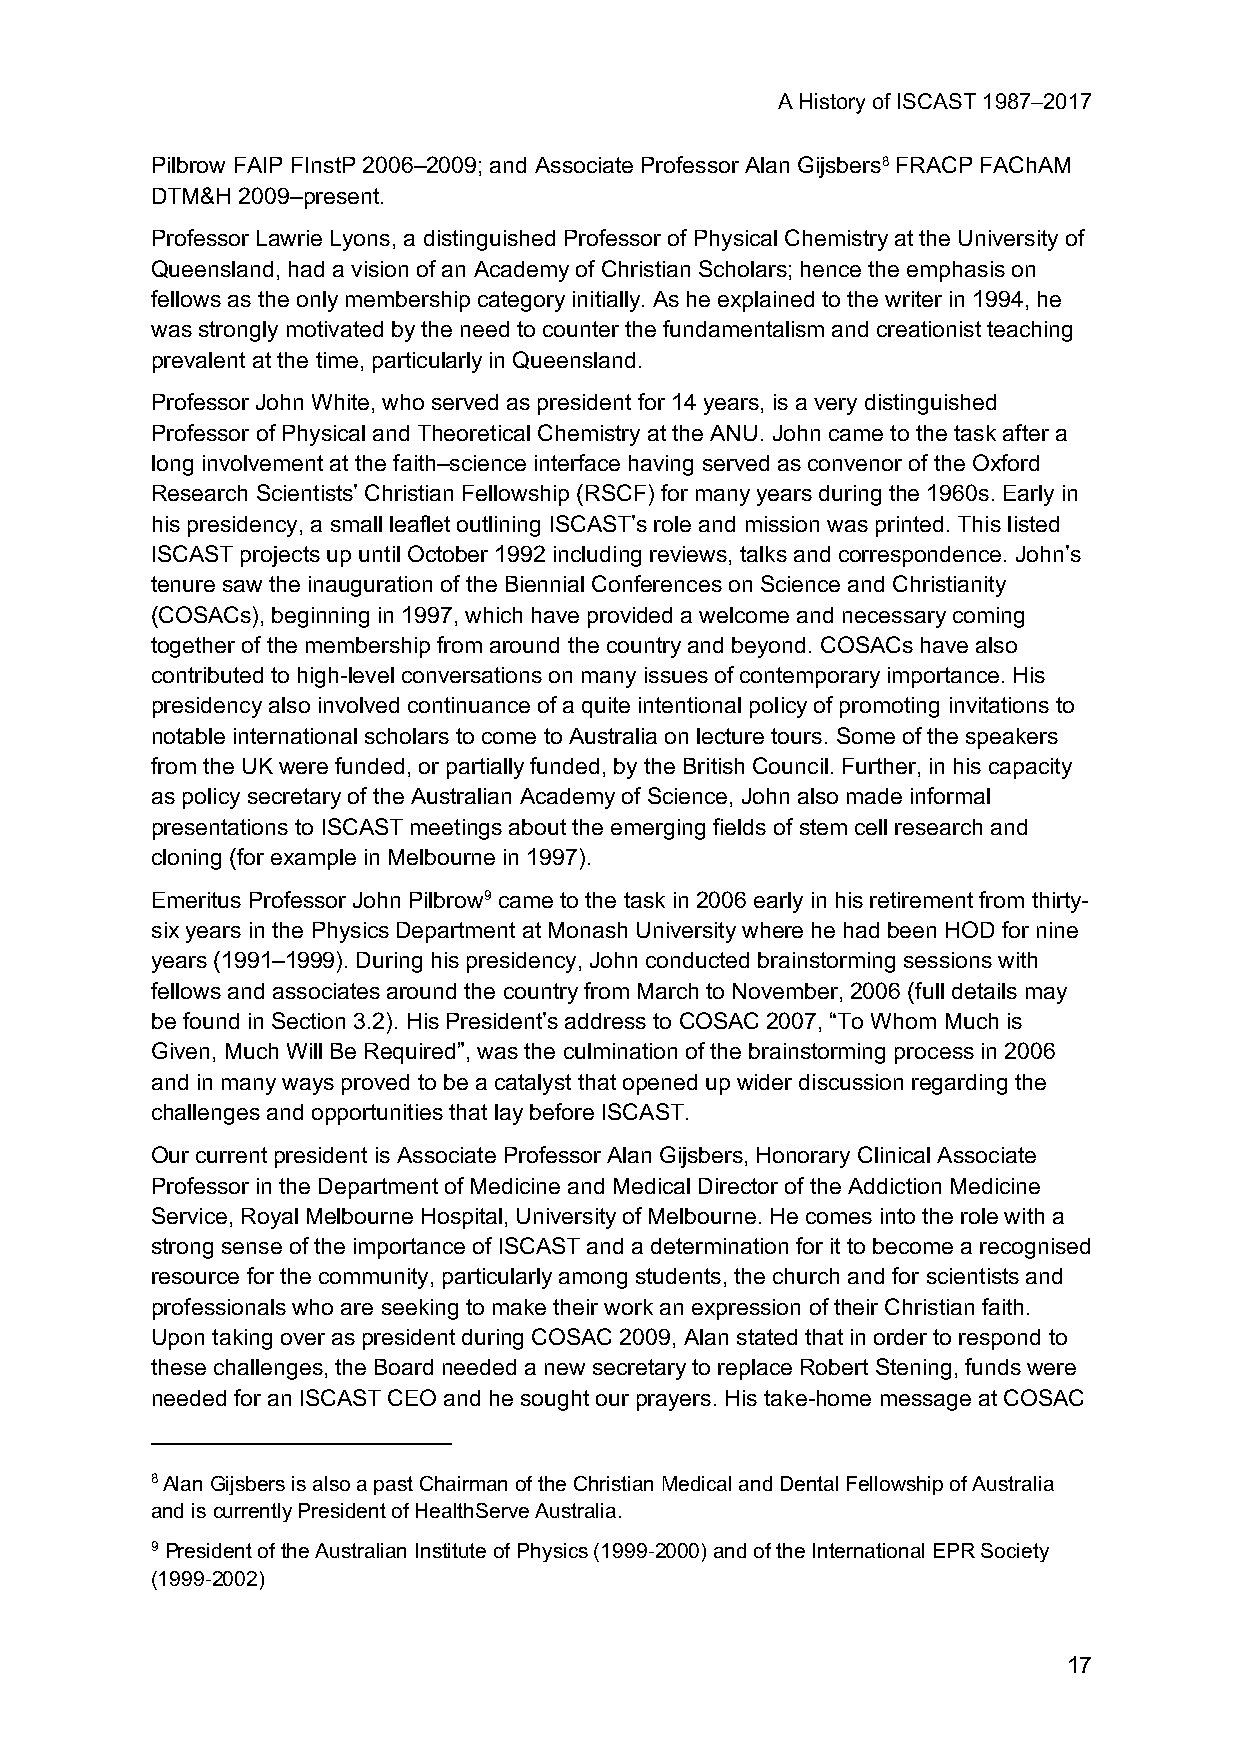
A History of ISCAST 1987–2017
 Pilbrow FAIP FInstP 2006–2009; and Associate Professor Alan Gijsbers8 FRACP FAChAM
 DTM&H 2009–present.
 Professor Lawrie Lyons, a distinguished Professor of Physical Chemistry at the University of
 Queensland, had a vision of an Academy of Christian Scholars; hence the emphasis on
 fellows as the only membership category initially. As he explained to the writer in 1994, he
 was strongly motivated by the need to counter the fundamentalism and creationist teaching
 prevalent at the time, particularly in Queensland.
 Professor John White, who served as president for 14 years, is a very distinguished
 Professor of Physical and Theoretical Chemistry at the ANU. John came to the task after a
 long involvement at the faith–science interface having served as convenor of the Oxford
 Research Scientists’ Christian Fellowship (RSCF) for many years during the 1960s. Early in
 his presidency, a small leaflet outlining ISCAST’s role and mission was printed. This listed
 ISCAST projects up until October 1992 including reviews, talks and correspondence. John’s
 tenure saw the inauguration of the Biennial Conferences on Science and Christianity
 (COSACs), beginning in 1997, which have provided a welcome and necessary coming
 together of the membership from around the country and beyond. COSACs have also
 contributed to high-level conversations on many issues of contemporary importance. His
 presidency also involved continuance of a quite intentional policy of promoting invitations to
 notable international scholars to come to Australia on lecture tours. Some of the speakers
 from the UK were funded, or partially funded, by the British Council. Further, in his capacity
 as policy secretary of the Australian Academy of Science, John also made informal
 presentations to ISCAST meetings about the emerging fields of stem cell research and
 cloning (for example in Melbourne in 1997).
 Emeritus Professor John Pilbrow9 came to the task in 2006 early in his retirement from thirty-
 six years in the Physics Department at Monash University where he had been HOD for nine
 years (1991–1999). During his presidency, John conducted brainstorming sessions with
 fellows and associates around the country from March to November, 2006 (full details may
 be found in Section 3.2). His President’s address to COSAC 2007, “To Whom Much is
 Given, Much Will Be Required”, was the culmination of the brainstorming process in 2006
 and in many ways proved to be a catalyst that opened up wider discussion regarding the
 challenges and opportunities that lay before ISCAST.
 Our current president is Associate Professor Alan Gijsbers, Honorary Clinical Associate
 Professor in the Department of Medicine and Medical Director of the Addiction Medicine
 Service, Royal Melbourne Hospital, University of Melbourne. He comes into the role with a
 strong sense of the importance of ISCAST and a determination for it to become a recognised
 resource for the community, particularly among students, the church and for scientists and
 professionals who are seeking to make their work an expression of their Christian faith.
 Upon taking over as president during COSAC 2009, Alan stated that in order to respond to
 these challenges, the Board needed a new secretary to replace Robert Stening, funds were
 needed for an ISCAST CEO and he sought our prayers. His take-home message at COSAC
 8 Alan Gijsbers is also a past Chairman of the Christian Medical and Dental Fellowship of Australia
 and is currently President of HealthServe Australia.
 9 President of the Australian Institute of Physics (1999-2000) and of the International EPR Society
 (1999-2002)
 17